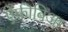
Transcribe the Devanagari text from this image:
ऐंफ़ीबिआ